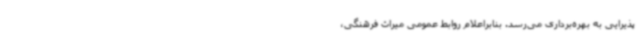
پذیرایی به بهره‌برداری می‌رسد. بنابراعلام روابط عمومی میراث فرهنگی،